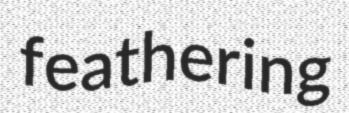
feathering